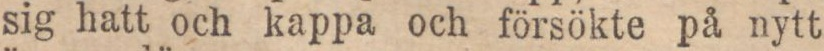
sig hatt och kappa och försökte på nytt